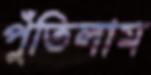
পুঁতিলাম